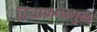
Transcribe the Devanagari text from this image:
हिवाळ्यामुळे